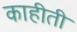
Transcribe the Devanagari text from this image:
काहीती